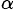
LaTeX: ^{\alpha}